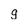
Character: g